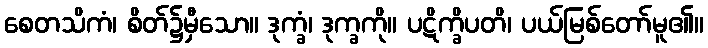
စေတသိကံ၊ စိတ်၌မှီသော။ ဒုက္ခံ၊ ဒုက္ခကို။ ပဋိက္ခိပတိ၊ ပယ်မြစ်တော်မူ၏။